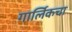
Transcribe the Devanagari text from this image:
गार्लिकचा